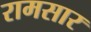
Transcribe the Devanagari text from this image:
रामसार